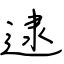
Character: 逮